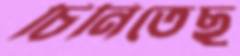
চিনিতেছ